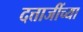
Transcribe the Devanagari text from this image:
दत्ताजींच्या